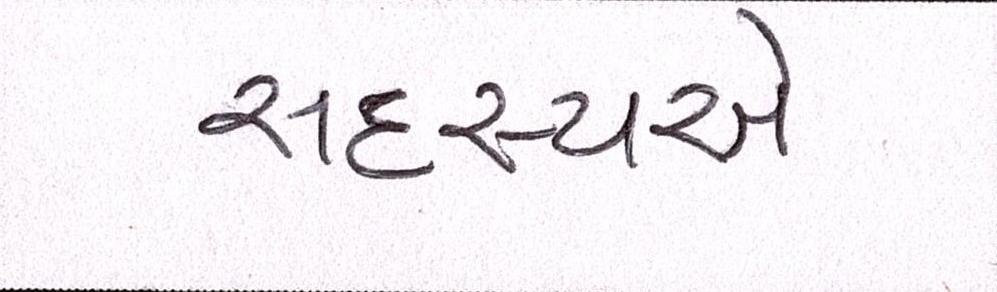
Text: સદસ્યએ